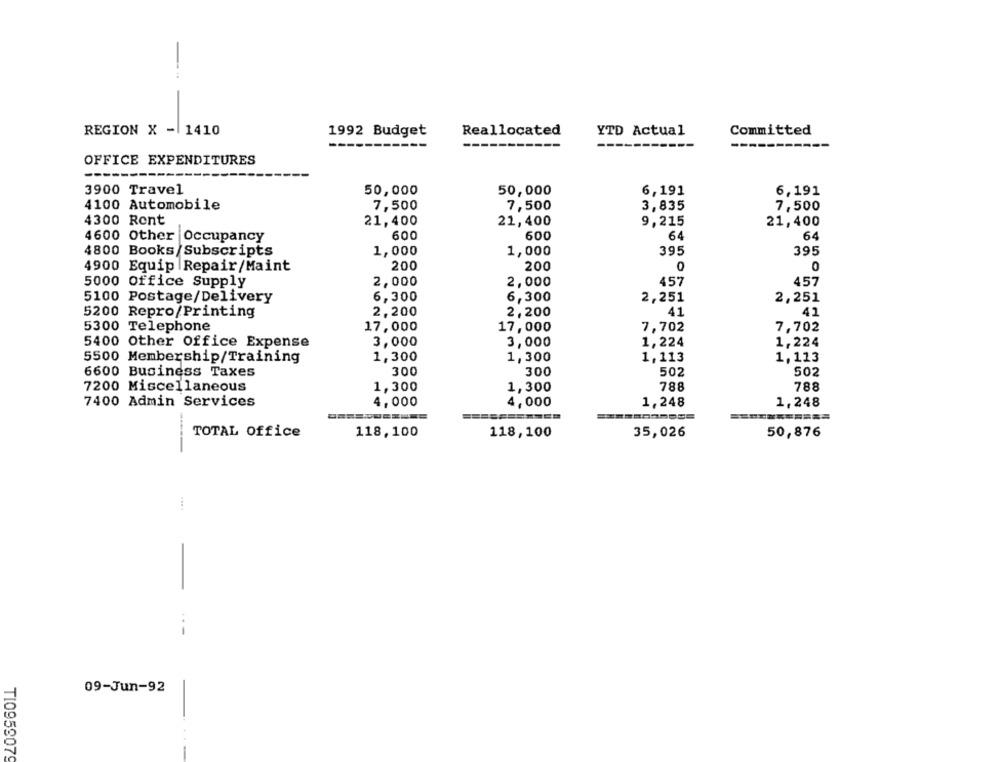
REGION X - 1410
1992 Budget
Reallocated
YTD Actual
Committed
OFFICE EXPENDITURES
--
3900 Travel
50,000
50,000
6,191
6,191
4100 Automobile
7,500
7,500
7,500
3,835
4300 Rent
21,400
21,400
9,215
21,400
4600 Other
600
600
64
64
Occupancy
4800 Books/Subscripts
1,000
1,000
395
395
4900 Equip Repair/Maint
200
200
0
0
5000 office Supply
2,000
2,000
457
457
6,300
6,300
2,251
5100 Postage/Delivery
2,251
5200 Repro/Printing
2,200
2,200
41
41
5300 Telephone
17,000
17,000
7,702
7,702
5400 Other Office Expense
3,000
3,000
1,224
1,224
5500 Membership/Training
1,300
1,300
1,113
1,113
6600 Business Taxes
300
300
502
502
7200 Miscellaneous
1,300
1,300
788
788
7400 Admin Services
4,000
4,000
1,248
1,248
=======
TOTAL Office
118,100
118,100
35,026
50,876
-
--
09-Jun-92
TI0959079